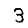
Digit: 3